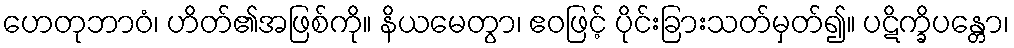
ဟေတုဘာဝံ၊ ဟိတ်၏အဖြစ်ကို။ နိယမေတွာ၊ ဧဝဖြင့် ပိုင်းခြားသတ်မှတ်၍။ ပဋိက္ခိပန္တော၊